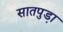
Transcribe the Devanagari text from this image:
सातपुडा़